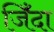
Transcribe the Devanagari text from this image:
जिँदा